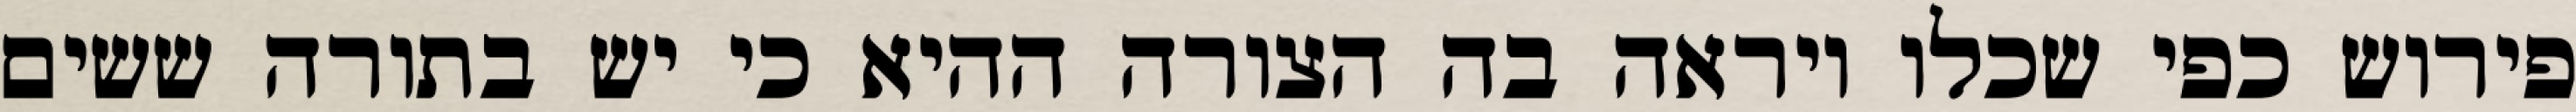
פירוש כפי שכלו ויראה בה הצורה ההיא כי יש בתורה ששים